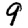
Digit: 9